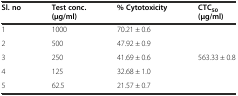
| Sl. no | Test conc.(μg/ml) | % Cytotoxicity | CTC50(μg/ml) |
 | --- | --- | --- | --- |
 | 1 | 1000 | 70.21 ± 0.6 |  |
 | 2 | 500 | 47.92 ± 0.9 |  |
 | 3 | 250 | 41.69 ± 0.6 | 563.33 ± 0.8 |
 | 4 | 125 | 32.68 ± 1.0 | <ROWSPAN=2>  |
 | 5 | 62.5 | 21.57 ± 0.7 |